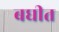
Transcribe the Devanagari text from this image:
बघीत